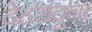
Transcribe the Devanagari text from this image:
देहरादून।